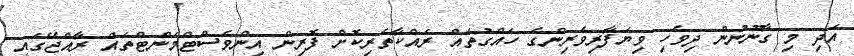
އަދި މި ގާނޫނުން ދިވެހި ވިޔަފާރިވެރިންގެ ހައްގުތައް ރައްކާތެރިކޮށް ފޮރިން އިންވެސްޓްމަންޓްތައް ރާއްޖޭގައި